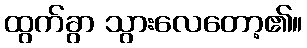
ထွက်ခွာ သွားလေတော့၏။